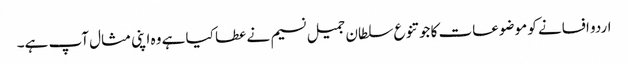
اردو افسانے کو موضوعات کا جو تنوع سلطان جمیل نسیم نے عطا کیا ہے وہ اپنی مثال آپ ہے۔